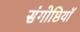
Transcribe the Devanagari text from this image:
संगोष्ठियॉ